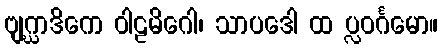
ဗျဂ္ဃာဒိကေ ဝါဠမိဂေါ၊ သာပဒေါ ထ ပ္လဝင်္ဂမော။